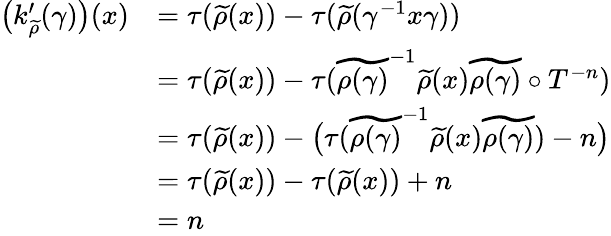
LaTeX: \begin{array}{rl}{\big(k_{\widetilde{\rho}}^{\prime}(\gamma)\big)(x)}&{=\tau(\widetilde{\rho}(x))-\tau(\widetilde{\rho}(\gamma^{-1}x\gamma))}\\ &{=\tau(\widetilde{\rho}(x))-\tau(\widetilde{\rho(\gamma)}^{-1}\widetilde{\rho}(x)\widetilde{\rho(\gamma)}\circ T^{-n})}\\ &{=\tau(\widetilde{\rho}(x))-\big(\tau(\widetilde{\rho(\gamma)}^{-1}\widetilde{\rho}(x)\widetilde{\rho(\gamma)})-n\big)}\\ &{=\tau(\widetilde{\rho}(x))-\tau(\widetilde{\rho}(x))+n}\\ &{=n}\end{array}